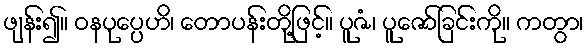
ဖျန်း၍။ ဝနပုပ္ပေဟိ၊ တောပန်းတို့ဖြင့်။ ပူဇံ၊ ပူဇော်ခြင်းကို။ ကတွာ၊